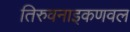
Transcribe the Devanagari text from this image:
तिरुवनाइकणवल